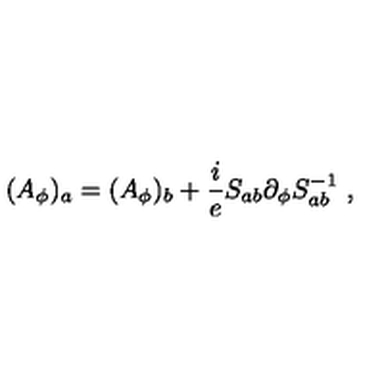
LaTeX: ( A _ { \phi } ) _ { a } = ( A _ { \phi } ) _ { b } + \frac i e S _ { a b } \partial _ { \phi } S _ { a b } ^ { - 1 } \ ,